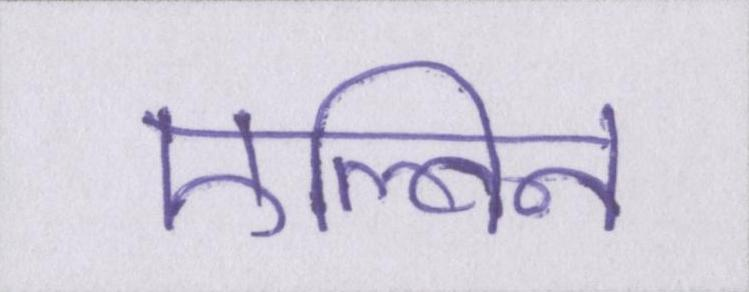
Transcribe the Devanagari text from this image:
एल्विन